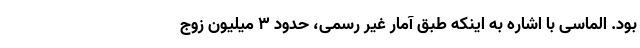
بود. الماسی با اشاره به اینکه طبق آمار غیر رسمی، حدود ۳ میلیون زوج